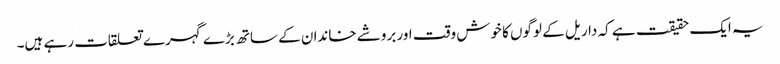
یہ ایک حقیقت ہے کہ داریل کے لوگوں کا خوش وقت اور بروشے خاندان کے ساتھ بڑے گہرے تعلقات رہے ہیں۔